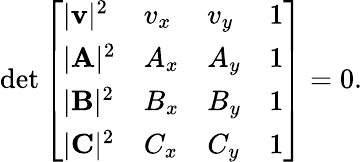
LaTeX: \operatorname*{det}{\left[\begin{array}{llll}{|\mathbf{v}|^{2}}&{v_{x}}&{v_{y}}&{1}\\ {|\mathbf{A}|^{2}}&{A_{x}}&{A_{y}}&{1}\\ {|\mathbf{B}|^{2}}&{B_{x}}&{B_{y}}&{1}\\ {|\mathbf{C}|^{2}}&{C_{x}}&{C_{y}}&{1}\end{array}\right]}=0.